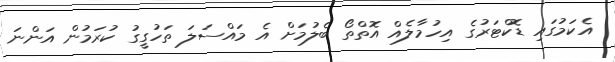
އެކަމުގައި ޑޮކްޓަރުގެ އިހުމާލެއް އޮތްތޯ ބެލުމަށް އެ މައްސަލަ ތަހުގީގު ކުރަމުން އަންނަ